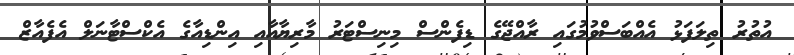
އުތުރު ތިލަފަޅު އެއްބަސްވުމުގައި ރާއްޖޭގެ ޑިފެންސް މިނިސްޓަރު މާރިޔާއާއި އިންޑިއާގެ އެކްސްޓާނަލް އެފެއާޒް